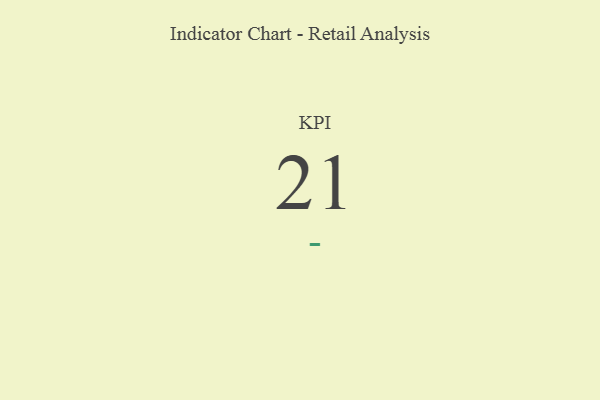
{"axis": {"x": "KPI", "y": "Value"}, "legend": [""], "data": [{"x": "KPI", "y": 21, "type": ""}]}